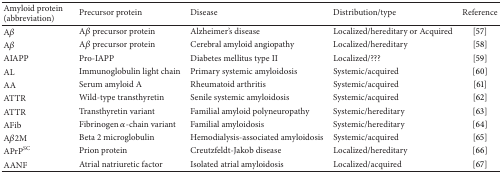
<table><thead><tr><td><b>Amyloid protein (abbreviation)</b></td><td><b>Precursor protein</b></td><td><b>Disease</b></td><td><b>Distribution/type</b></td><td><b>Reference</b></td></tr></thead><tbody><tr><td>A<i>β</i></td><td>A<i>β</i> precursor protein </td><td>Alzheimer&#x27;s disease</td><td>Localized/hereditary or Acquired</td><td>[57]</td></tr><tr><td>A<i>β</i></td><td>A<i>β</i> precursor protein </td><td>Cerebral amyloid angiopathy</td><td>Localized/hereditary</td><td>[58]</td></tr><tr><td>AIAPP</td><td>Pro-IAPP</td><td>Diabetes mellitus type II</td><td>Localized/???</td><td>[59]</td></tr><tr><td>AL</td><td>Immunoglobulin light chain</td><td>Primary systemic amyloidosis</td><td>Systemic/acquired</td><td>[60]</td></tr><tr><td>AA</td><td>Serum amyloid A</td><td>Rheumatoid arthritis</td><td>Systemic/acquired</td><td>[61]</td></tr><tr><td>ATTR</td><td>Wild-type transthyretin</td><td>Senile systemic amyloidosis</td><td>Systemic/acquired</td><td>[62]</td></tr><tr><td>ATTR</td><td>Transthyretin variant</td><td>Familial amyloid polyneuropathy</td><td>Systemic/hereditary</td><td>[63]</td></tr><tr><td>AFib</td><td>Fibrinogen <i>α</i>-chain variant</td><td>Familial amyloidosis</td><td>Systemic/hereditary</td><td>[64]</td></tr><tr><td>A<i>β</i>2M</td><td>Beta 2 microglobulin</td><td>Hemodialysis-associated amyloidosis</td><td>Systemic/acquired</td><td>[65]</td></tr><tr><td>APrP<sup>SC</sup></td><td>Prion protein </td><td>Creutzfeldt-Jakob disease</td><td>Localized/hereditary</td><td>[66]</td></tr><tr><td>AANF</td><td>Atrial natriuretic factor </td><td>Isolated atrial amyloidosis</td><td>Localized/acquired</td><td>[67]</td></tr></tbody></table>